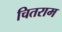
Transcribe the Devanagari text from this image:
चितराम